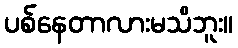
ပစ်နေတာလားမသိဘူး။